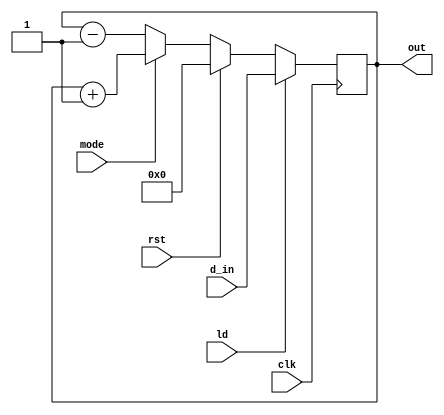
module updown_counter(clk,d_in,rst,ld,mode,out);
    input clk,ld,rst,mode;
    input[7:0] d_in;
    output reg [7:0] out;
    always@(posedge clk)
        begin
            if (ld) 
                out <= d_in;
            else if (rst)
                out <= 0;
            else if (mode)
                out <= out+1;
            else
                out <= out-1;
        end
endmodule